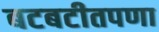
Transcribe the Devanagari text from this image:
बटबटीतपणा